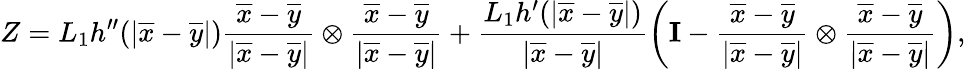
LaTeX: Z=L_{1}h^{\prime\prime}(|\overline{{x}}-\overline{{y}}|)\frac{\overline{{x}}-\overline{{y}}}{|\overline{{x}}-\overline{{y}}|}\otimes\frac{\overline{{x}}-\overline{{y}}}{|\overline{{x}}-\overline{{y}}|}+\frac{L_{1}h^{\prime}(|\overline{{x}}-\overline{{y}}|)}{|\overline{{x}}-\overline{{y}}|}\left(\textbf{I}-\frac{\overline{{x}}-\overline{{y}}}{|\overline{{x}}-\overline{{y}}|}\otimes\frac{\overline{{x}}-\overline{{y}}}{|\overline{{x}}-\overline{{y}}|}\right),